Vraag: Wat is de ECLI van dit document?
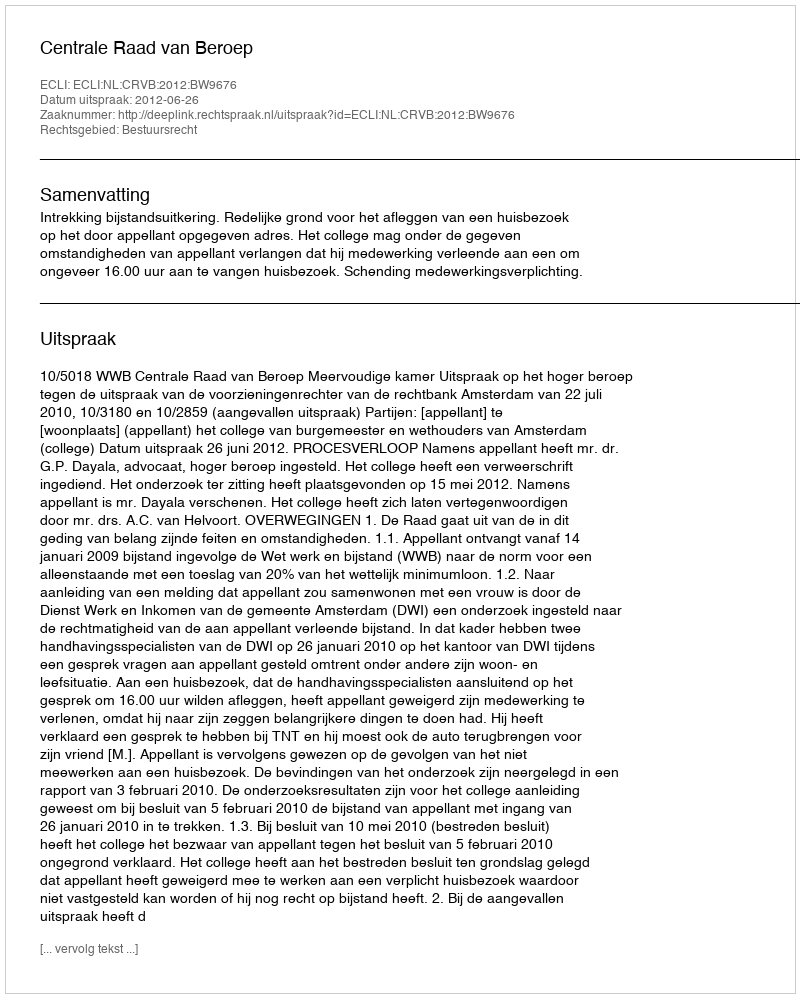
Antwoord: ECLI:NL:CRVB:2012:BW9676